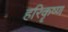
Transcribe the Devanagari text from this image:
हरिकॄष्ण